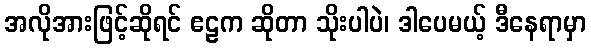
အလိုအားဖြင့်ဆိုရင် ဧဠက ဆိုတာ သိုးပါပဲ၊ ဒါပေမယ့် ဒီနေရာမှာ